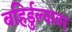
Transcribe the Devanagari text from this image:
बहिर्डुल्यावर